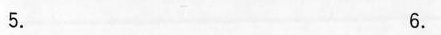
5. 6.